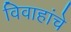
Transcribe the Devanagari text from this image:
विवाहांचे